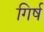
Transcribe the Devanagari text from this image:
गिर्ष